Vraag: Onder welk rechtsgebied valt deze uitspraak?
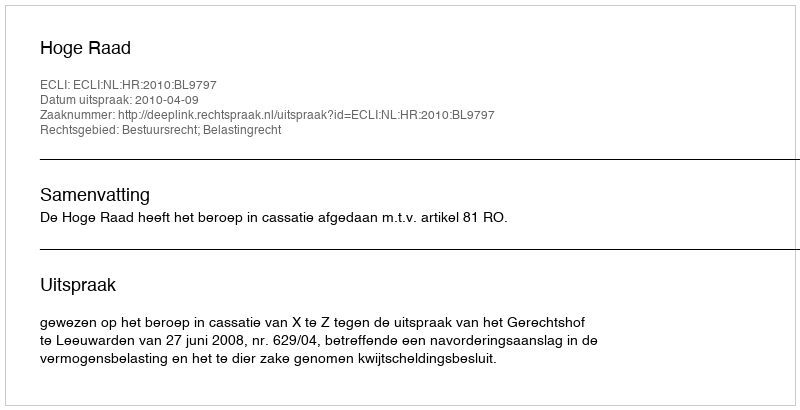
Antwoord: Bestuursrecht; Belastingrecht